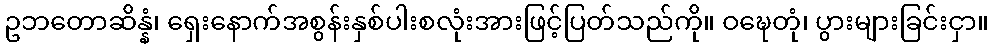
ဥဘတောဆိန္နံ၊ ရှေးနောက်အစွန်းနှစ်ပါးစလုံးအားဖြင့်ပြတ်သည်ကို။ ဝဍ္ဎေတုံ၊ ပွားများခြင်းငှာ။